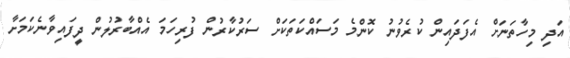
އަދި މިހާތަނަށް އެފަދައިން ކުރެވުނު ކޮންމެ މަސައްކަތަކަށް ސަރުކާރުން ފުރިހަމަ އެއްބާރުލުން ދީފައިވާނެކަމަށާ